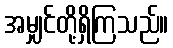
အမျှင်တို့ရှိကြသည်။